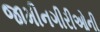
જામીનગીરીઓની